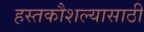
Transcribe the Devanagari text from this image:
हस्तकौशल्यासाठी